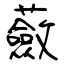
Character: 蘞